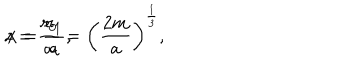
LaTeX: z = \frac { r _ { 0 } } { a } = \left( \frac { 2 m } { a } \right) ^ { \frac { 1 } { 3 } } , \hspace { 1 . 5 c m } x = \frac { r _ { 1 } } { a } ,